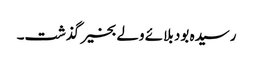
رسیدہ بود بلائے ولے بخیر گذشت۔